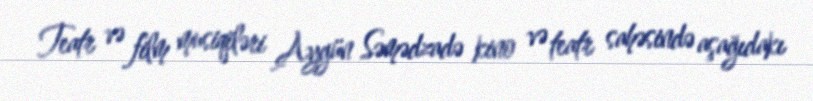
Teatr və film musiqiləri Aygün Səmədzadə kino və teatr sahəsində aşağıdakı